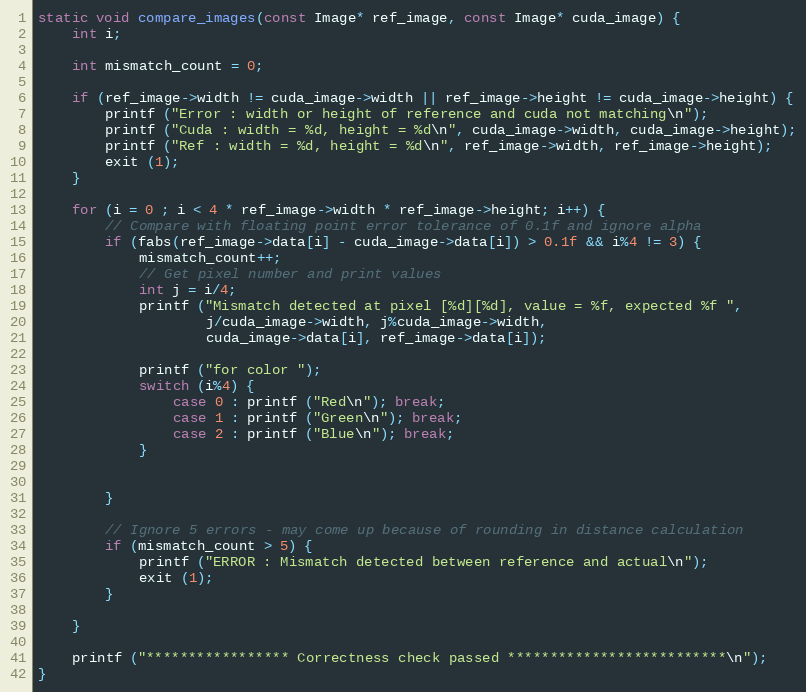
Language: C++
static void compare_images(const Image* ref_image, const Image* cuda_image) {
    int i;

    int mismatch_count = 0;

    if (ref_image->width != cuda_image->width || ref_image->height != cuda_image->height) {
        printf ("Error : width or height of reference and cuda not matching\n");
        printf ("Cuda : width = %d, height = %d\n", cuda_image->width, cuda_image->height);
        printf ("Ref : width = %d, height = %d\n", ref_image->width, ref_image->height);
        exit (1);
    }

    for (i = 0 ; i < 4 * ref_image->width * ref_image->height; i++) {
        // Compare with floating point error tolerance of 0.1f and ignore alpha
        if (fabs(ref_image->data[i] - cuda_image->data[i]) > 0.1f && i%4 != 3) {
            mismatch_count++;
            // Get pixel number and print values
            int j = i/4;
            printf ("Mismatch detected at pixel [%d][%d], value = %f, expected %f ",
                    j/cuda_image->width, j%cuda_image->width,
                    cuda_image->data[i], ref_image->data[i]);

            printf ("for color ");
            switch (i%4) {
                case 0 : printf ("Red\n"); break;
                case 1 : printf ("Green\n"); break;
                case 2 : printf ("Blue\n"); break;
            }

        }

        // Ignore 5 errors - may come up because of rounding in distance calculation
        if (mismatch_count > 5) {
            printf ("ERROR : Mismatch detected between reference and actual\n");
            exit (1);
        }

    }

    printf ("***************** Correctness check passed **************************\n");
}